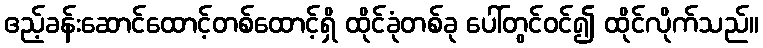
ဧည့်ခန်းဆောင်ထောင့်တစ်ထောင့်ရှိ ထိုင်ခုံတစ်ခု ပေါ်တွင်ဝင်၍ ထိုင်လိုက်သည်။